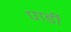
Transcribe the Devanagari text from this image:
पार्डी